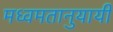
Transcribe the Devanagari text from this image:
मध्वमतानुयायी